Plague in India, 1896, 1897 - Volume 2
Year: 1896
Disease focus: Plague
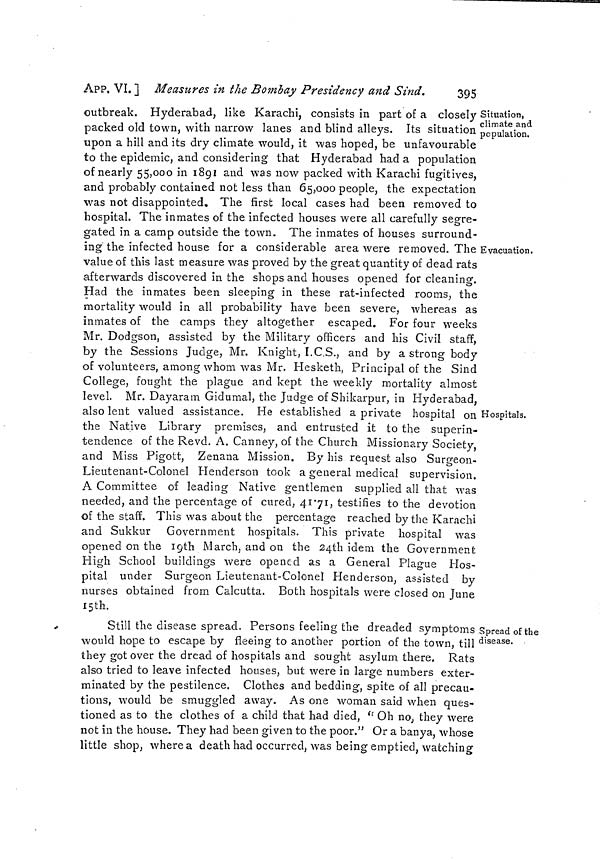
APP. VI. ] Measures in the Bombay Presidency and Sind.
395
Situation,
climate and
population.
outbreak. Hyderabad, like Karachi, consists in part of a closely
packed old town, with narrow lanes and blind alleys. Its situation
upon a hill and its dry climate would, it was hoped, be unfavourable
to the epidemic, and considering that Hyderabad had a population
of nearly 55,000 in 1891 and was now packed with Karachi fugitives,
and probably contained not less than 65,000 people, the expectation
was not disappointed. The first local cases had been removed to
hospital. The inmates of the infected houses were all carefully segre-
gated in a camp outside the town. The inmates of houses surround-
Evacuation.
ing the infected house for a considerable area were removed. The
value of this last measure was proved by the great quantity of dead rats
afterwards discovered in the shops and houses opened for cleaning.
Had the inmates been sleeping in these rat-infected rooms, the
mortality would in all probability have been severe, whereas as
inmates of the camps they altogether escaped. For four weeks
Mr. Dodgson, assisted by the Military officers and his Civil staff,
by the Sessions Judge, Mr. Knight, I.C.S., and by a strong body
of volunteers, among whom was Mr. Hesketh, Principal of the Sind
College, fought the plague and kept the weekly mortality almost
level. Mr. Dayaram Gidumal, the Judge of Shikarpur, in Hyderabad,
Hospitals.
also lent valued assistance. He established a private hospital on
the Native Library premises, and entrusted it to the superin-
tendence of the Revd. A. Canney, of the Church Missionary Society,
and Miss Pigott, Zenana Mission. By his request also Surgeon-
Lieutenant-Colonel Henderson took a general medical supervision.
A Committee of leading Native gentlemen supplied all that was
needed, and the percentage of cured, 41.71, testifies to the devotion
of the staff. This was about the percentage reached by the Karachi
and Sukkur Government hospitals. This private hospital was
opened on the 19th March, and on the 24th idem the Government
High School buildings were opened as a General Plague Hos-
pital under Surgeon Lieutenant-Colonel Henderson, assisted by
nurses obtained from Calcutta. Both hospitals were closed on June
15th.
Spread of the
disease.
Still the disease spread. Persons feeling the dreaded symptoms
would hope to escape by fleeing to another portion of the town, till
they got over the dread of hospitals and sought asylum there, Rats
also tried to leave infected houses, but were in large numbers exter-
minated by the pestilence. Clothes and bedding, spite of all precau-
tions, would be smuggled away. As one woman said when ques-
tioned as to the clothes of a child that had died, " Oh no, they were
not in the house. They had been given to the poor." Or a banya, whose
little shop, where a death had occurred, was being emptied, watching